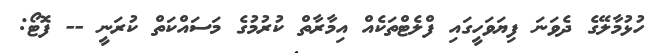
ހުޅުމާލޭގެ ދެވަނަ ފިޔަވަހީގައި ފްލެޓްތަކެއް އިމާރާތް ކުރުމުގެ މަސައްކަތް ކުރަނީ -- ފޮޓޯ: